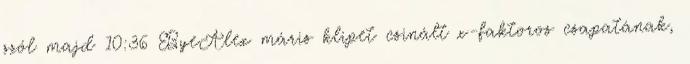
szól majd 10:36 ByeAlex máris klipet csinált x-faktoros csapatának,